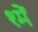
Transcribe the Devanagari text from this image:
श्में